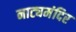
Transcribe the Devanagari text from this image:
नाट्यमंदिर